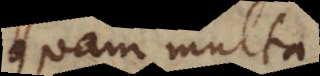
quam multa